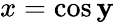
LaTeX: x=\cos\mathbf{y}\,